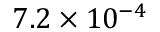
7 . 2 \times 1 0 ^ { - 4 }